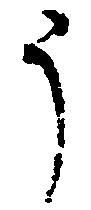
う